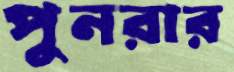
পুনরার